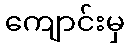
ကျောင်းမှ